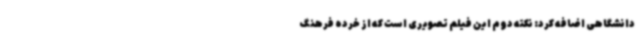
دانشگاهی اضافه کرد: نکته دوم این فیلم تصویری است که از خرده فرهنگ